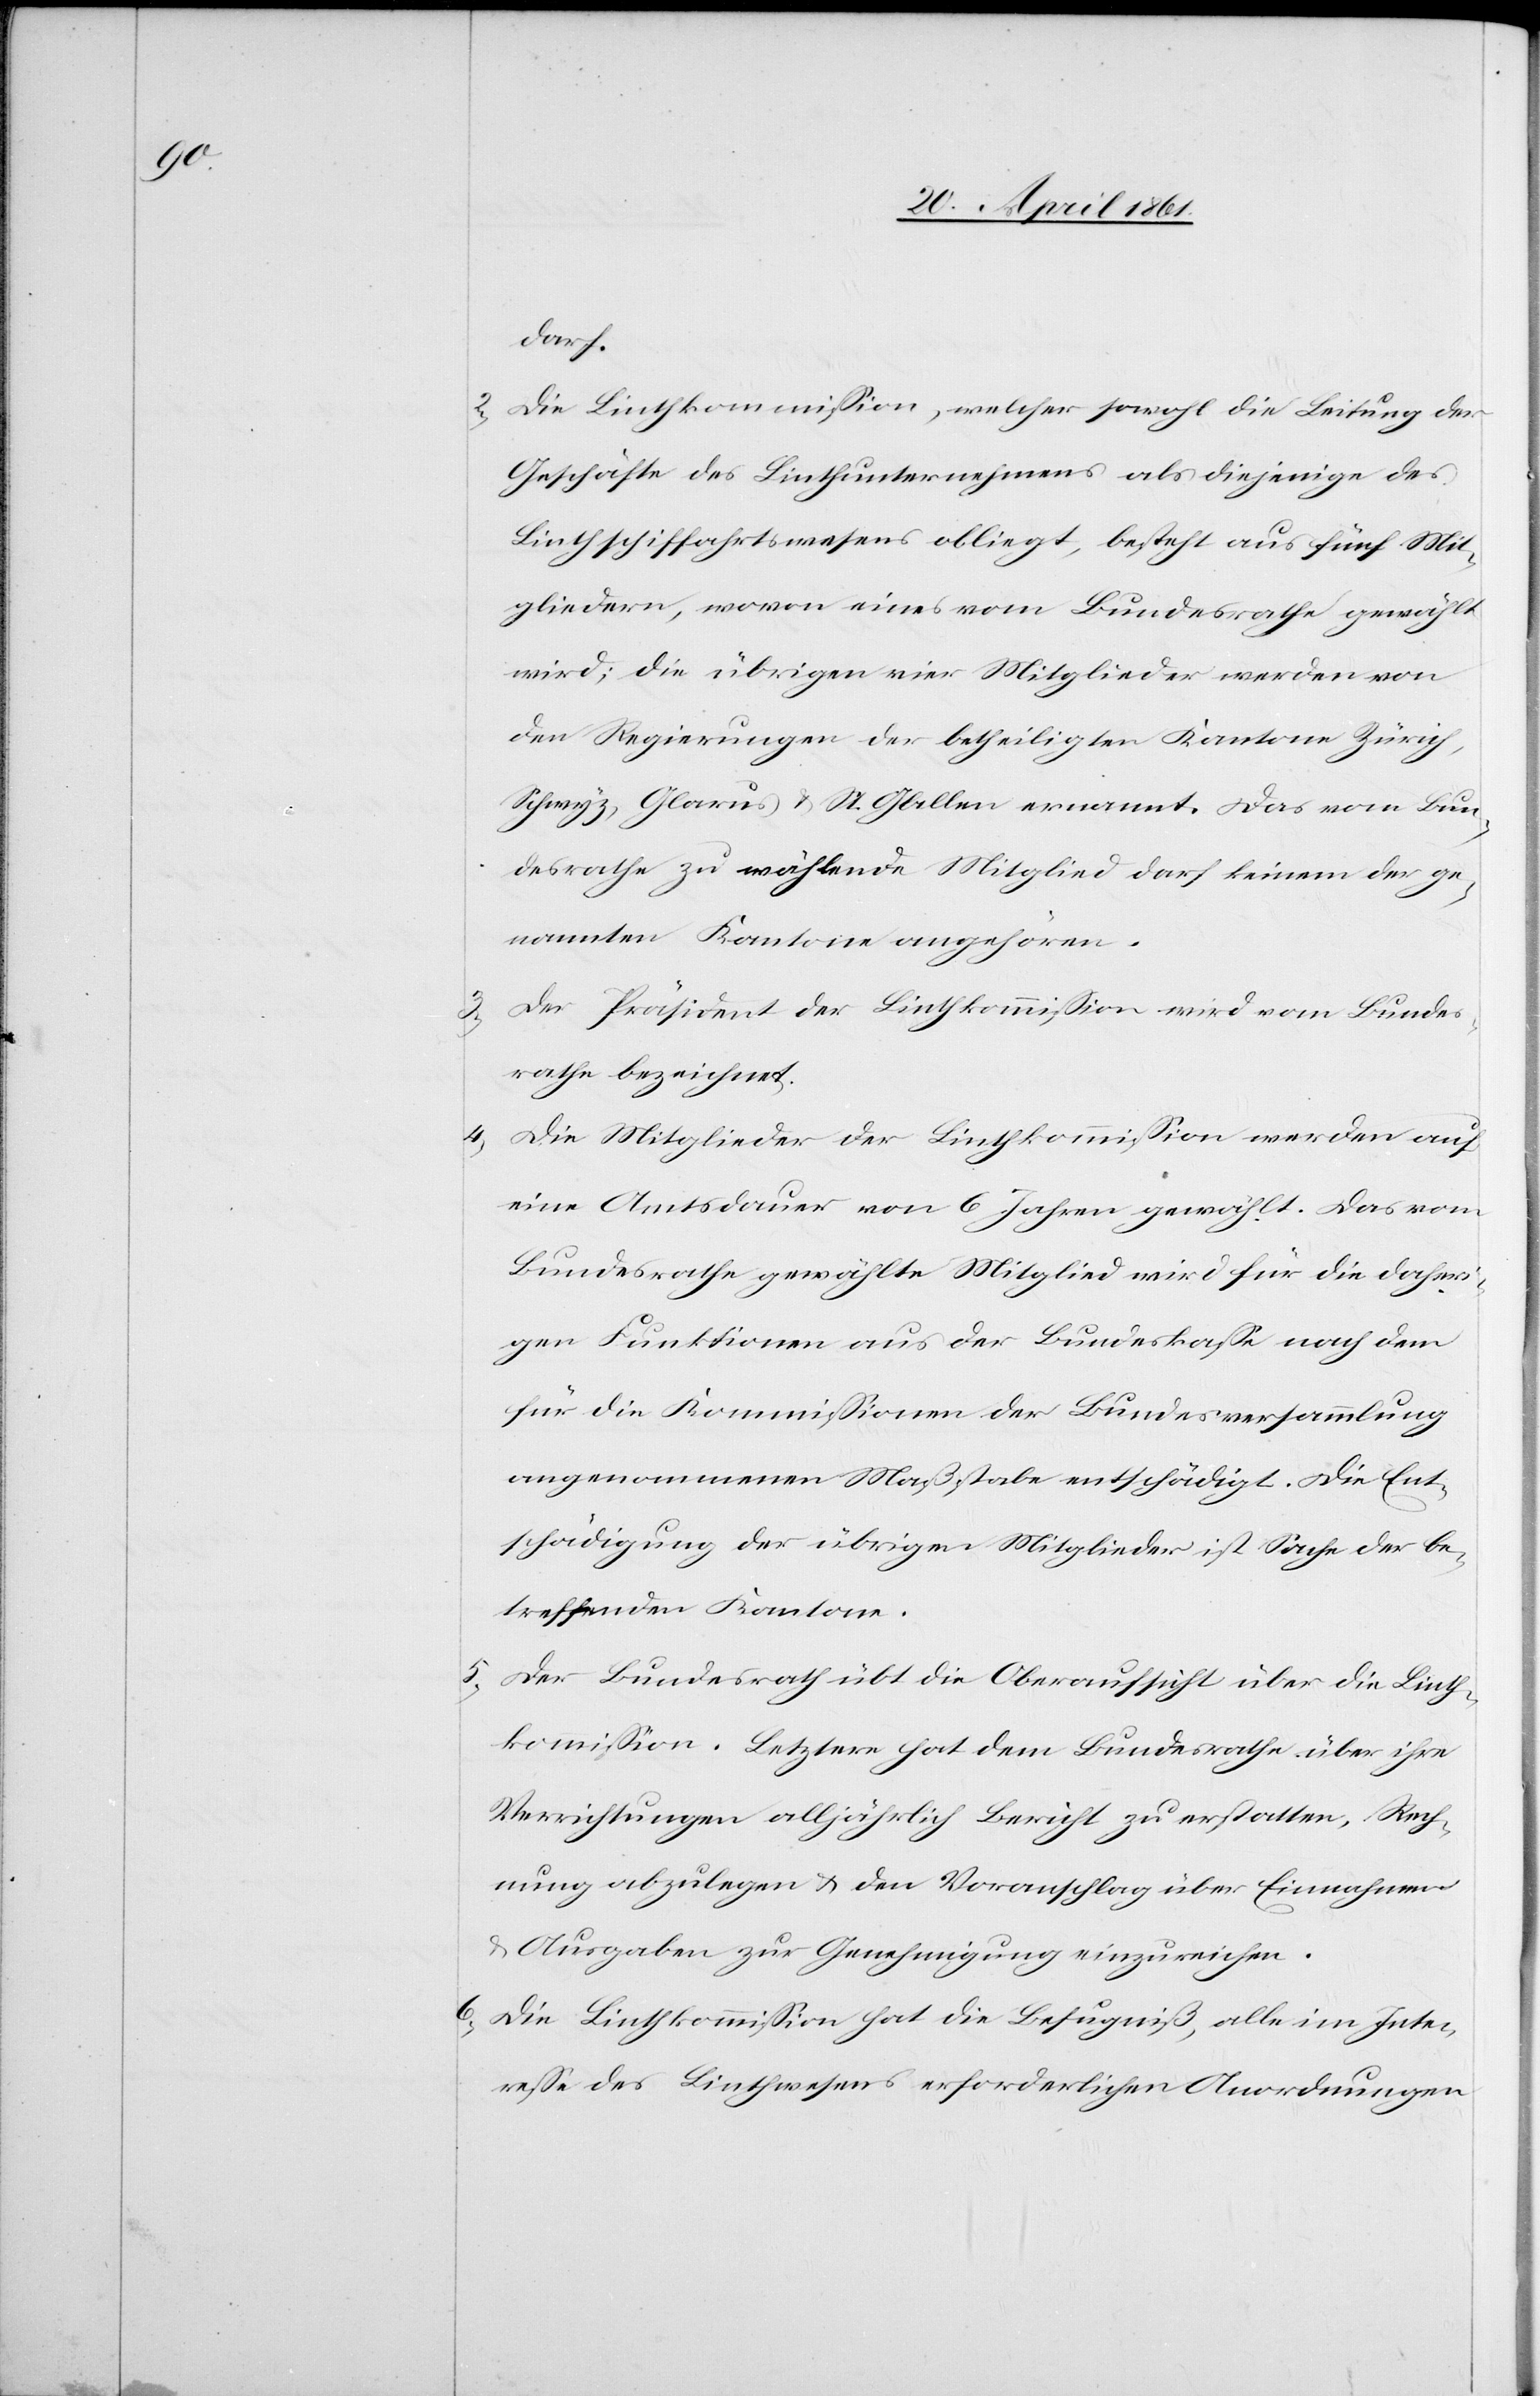
6.

darf.
2. Die Linthkommission, welcher sowohl die Leitung der
Geschäfte des Linthunternehmens als diejenige des
Linthschiffahrtswesens obliegt, besteht aus fünf Mit¬
gliedern, wovon eines vom Bundesrathe gewählt
wird; die übrigen vier Mitglieder werden von
den Regierungen der betheiligten Kantone Zürich,
Schwyz, Glarus u. St. Gallen ernannt. Das vom Bun¬
desrathe zu wählende Mitglied darf keinem der ge¬
nannten Kantone angehören.
3. Der Präsident der Linthkommission wird vom Bundes¬
rathe bezeichnet.
4.
Die Mitglieder der Linthkommission werden auf
eine Amtsdauer von 6 Jahren gewählt. Das vom
Bundesrathe gewählte Mitglied wird für die daheri¬
gen Funktionen aus der Bundeskasse nach dem
für die Kommissionen der Bundesversammlung
angenommenen Maßstabe entschädigt. Die Ent¬
schädigung der übrigen Mitglieder ist Sache der be¬
treffenden Kantone.
5. Der Bundesrath übt die Oberaufsicht über die Linth¬
kommission. Letztere hat dem Bundesrathe über ihre
Verrichtungen alljährlich Bericht zu erstatten, Rech¬
nung abzulegen u. den Voranschlag über Einnahmen
u. Ausgaben zur Genehmigung einzureichen.
Die Linthkommission hat die Befugniß, alle im Inte¬
resse des Linthwesens erforderlichen Anordnungen